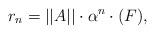
LaTeX: \begin{align*} r_n = ||A||\cdot \alpha^n \cdot (F),\end{align*}